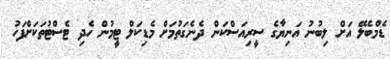
ޑެމްބެލޭ އަށް ލިބުނު އަނިޔާގެ ސީރިއަސްކަން ދެނެގަތުމަށް މެޑިކަލް ޓީމުން ހެދި ޓެސްޓުތަކަށްފަހު